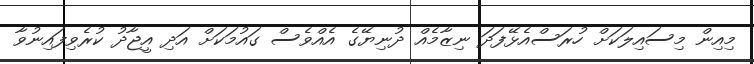
މިއިން މިސައިލަކަށް ހުރަސްއެޅޭފަދަ ނިޒާމެއް ދުނިޔޭގެ އެއްވެސް ގައުމަކަށް އަދި އީޖާދު ކުރެވިފައިނުވާ